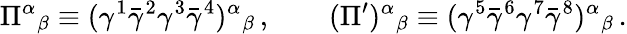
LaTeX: \Pi^{\alpha}{}_{\beta}\equiv(\gamma^{1}\bar{\gamma}^{2}\gamma^{3}\bar{\gamma}^{4})^{\alpha}{}_{\beta}\, ,\qquad(\Pi^{\prime})^{\alpha}{}_{\beta}\equiv(\gamma^{5}\bar{\gamma}^{6}\gamma^{7}\bar{\gamma}^{8})^{\alpha}{}_{\beta}\, .